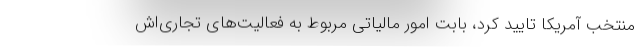
منتخب آمریکا تایید کرد، بابت امور مالیاتی مربوط به فعالیت‌های تجاری‌اش